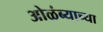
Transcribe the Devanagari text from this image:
ओळंब्याच्या